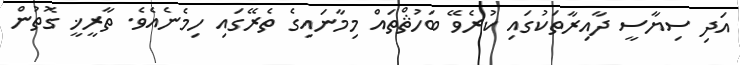
އަދި ސިޔާސީ ދާއިރާތަކުގައި ކުރެވޭ ބަހުޘްތައް މިމާނައިގެ ތެރޭގައި ހިމެނެއެވެ. ތާރީޚީ ގޮތުން